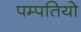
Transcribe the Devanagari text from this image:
पम्‍पतियो